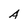
Character: A